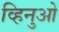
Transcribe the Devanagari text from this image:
व्हिनुओ